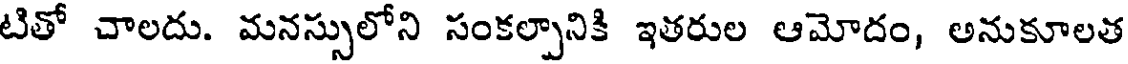
టితో చాలదు. మనస్సులోని సంకల్పానికి ఇతరుల ఆమోదం, అనుకూలత